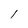
Character: l